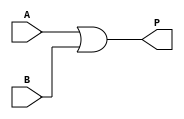
module Pi(input A, input B, output P);
	assign P = A|B;
endmodule